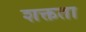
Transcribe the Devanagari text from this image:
शक्तता